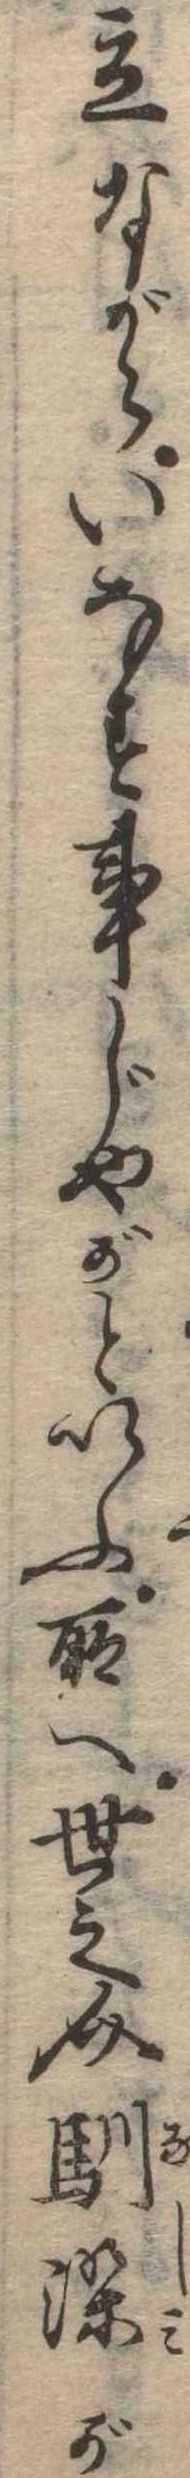
立ながらいなす事じやがといふ所へ世之介馴染が